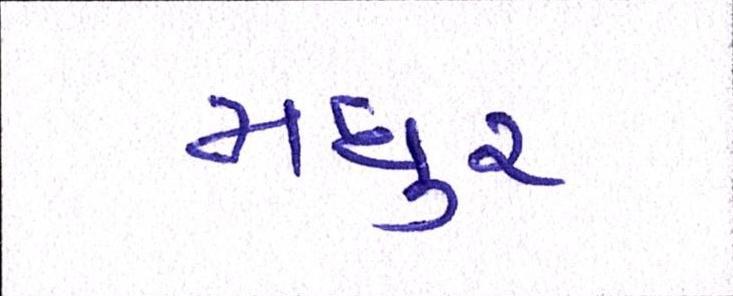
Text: મધુર